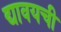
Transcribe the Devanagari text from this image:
द्यावयची